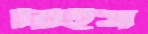
রিইস